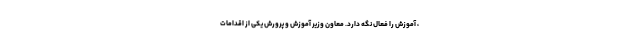
، آموزش را فعال نگه دارد. معاون وزیر آموزش و پرورش یکی از اقدامات